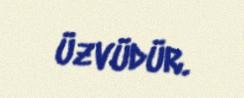
üzvüdür.